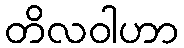
တိလဝါဟာ